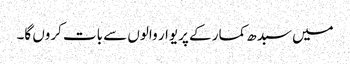
میں سبدھ کمار کے پریوار والوں سے بات کروں گا۔